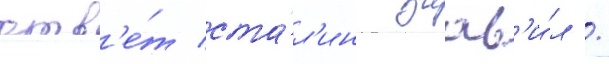
отв'е́т ста́л'ин заав'и́л /